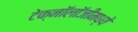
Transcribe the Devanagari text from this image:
टेक्‍नॉलॉजीमध्ये